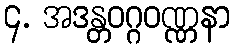
၄. အဒန္တဝဂ္ဂဝဏ္ဏနာ